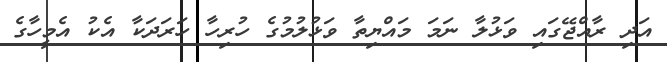
އަދި ރާއްޖޭގައި ވަޅުލާ ނަމަ މައްޔިތާ ވަޅުލުމުގެ ހުރިހާ ހަރަދަކާ އެކު އެމީހާގެ